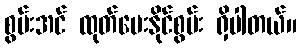
စွမ်းအင် ထုတ်ပေးနိုင်စွမ်း ရှိပါတယ်။